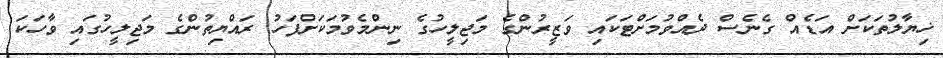
ޚިޔާލުތަކަށް އަޑެއް ގެނެސް ދެއްވުމަށްޓަކައި ވަޒީރުންގެ މަޖިލީހުގެ ނިންމެވުމަކަށްފަހު ރައްޔިތުންގެ މަޖިލީހުގައި ވާހަކަ